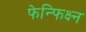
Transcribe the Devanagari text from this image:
फेन्फिक्ष्न